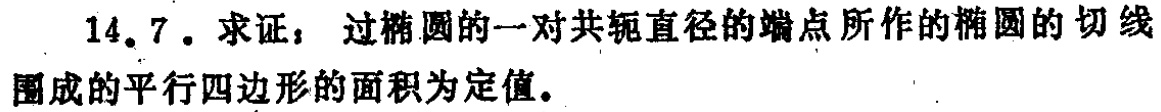
14.7. 求证：过椭圆的一对共轭直径的端点所作的椭圆的切线围成的平行四边形的面积为定值。